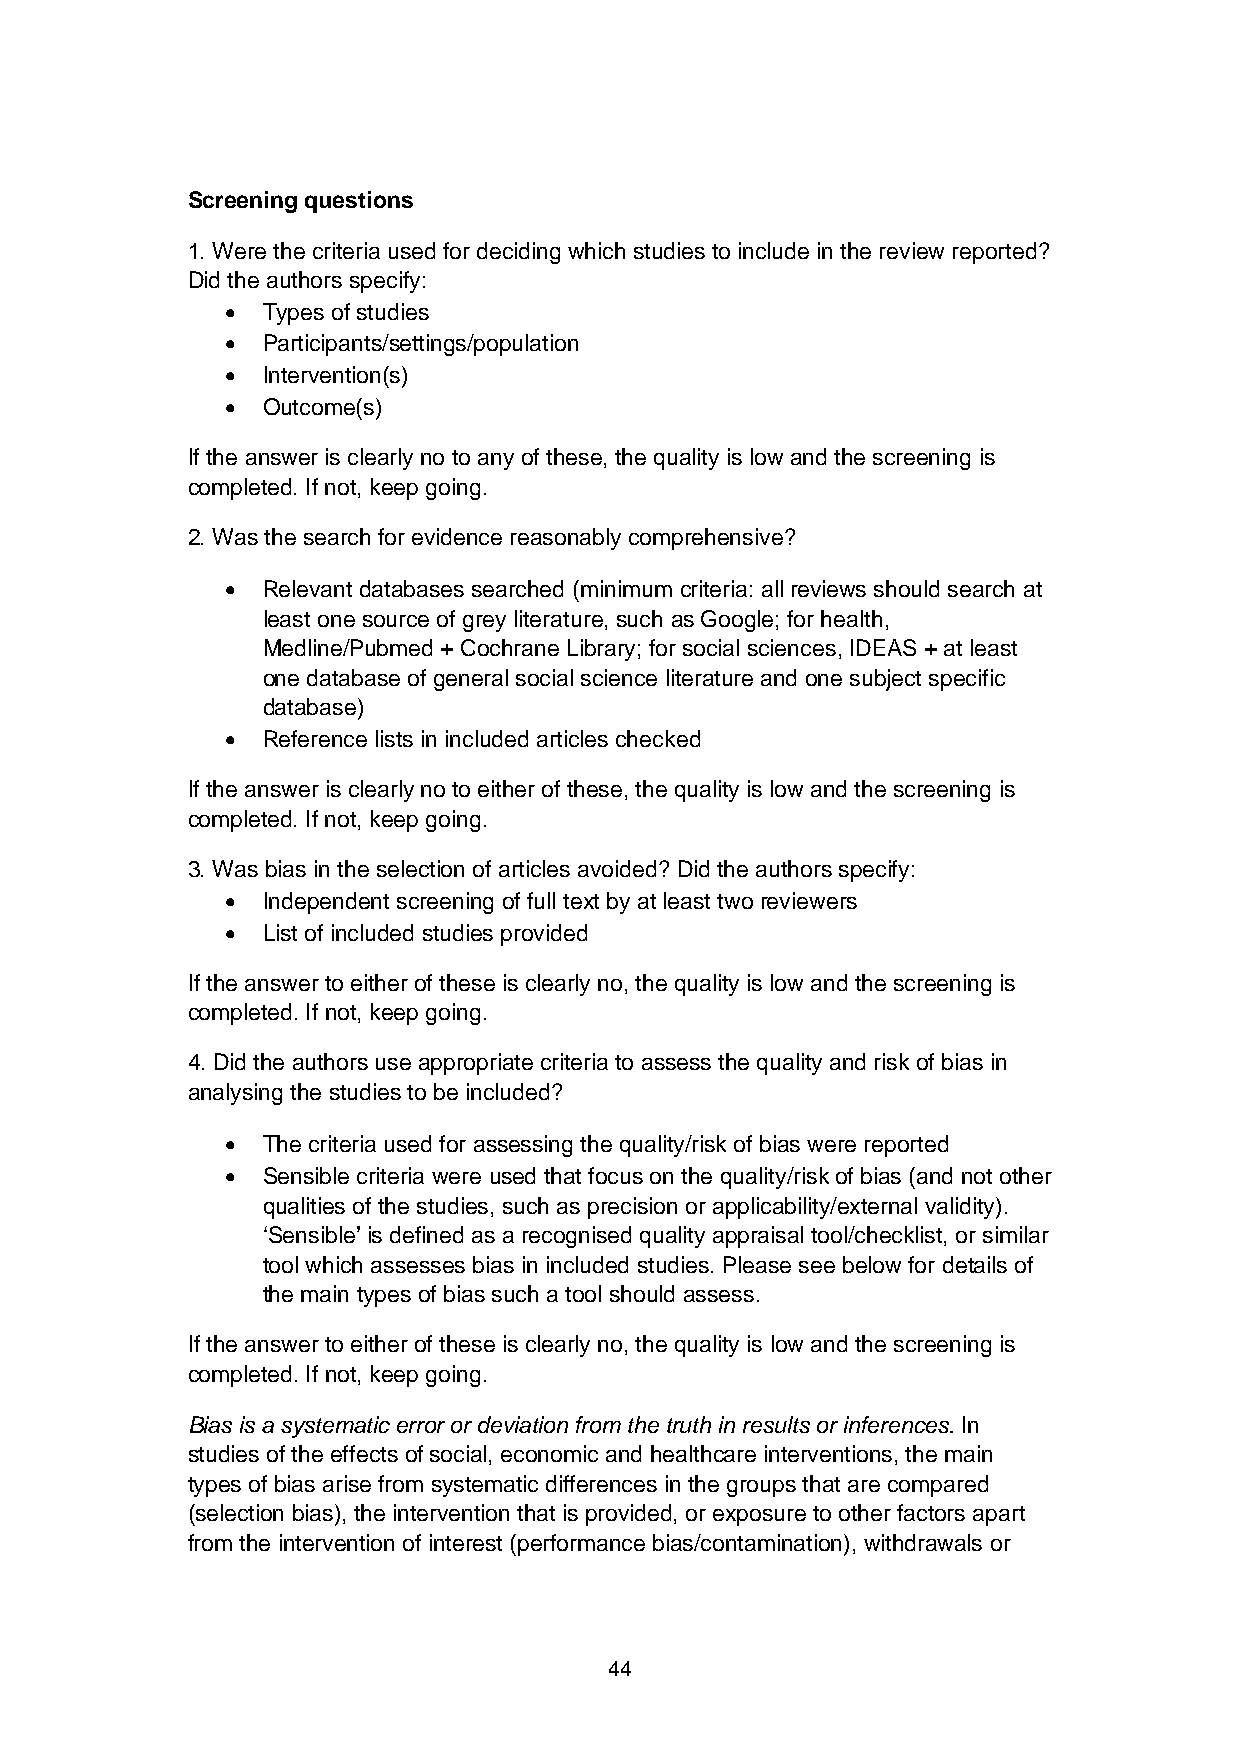
Screening questions
 1. Were the criteria used for deciding which studies to include in the review reported?
 Did the authors specify:
 • Types of studies
 • Participants/settings/population
 • Intervention(s)
 • Outcome(s)
 If the answer is clearly no to any of these, the quality is low and the screening is
 completed. If not, keep going.
 2. Was the search for evidence reasonably comprehensive?
 • Relevant databases searched (minimum criteria: all reviews should search at
 least one source of grey literature, such as Google; for health,
 Medline/Pubmed + Cochrane Library; for social sciences, IDEAS + at least
 one database of general social science literature and one subject specific
 database)
 • Reference lists in included articles checked
 If the answer is clearly no to either of these, the quality is low and the screening is
 completed. If not, keep going.
 3. Was bias in the selection of articles avoided? Did the authors specify:
 • Independent screening of full text by at least two reviewers
 • List of included studies provided
 If the answer to either of these is clearly no, the quality is low and the screening is
 completed. If not, keep going.
 4. Did the authors use appropriate criteria to assess the quality and risk of bias in
 analysing the studies to be included?
 • The criteria used for assessing the quality/risk of bias were reported
 • Sensible criteria were used that focus on the quality/risk of bias (and not other
 qualities of the studies, such as precision or applicability/external validity).
 ‘Sensible’ is defined as a recognised quality appraisal tool/checklist, or similar
 tool which assesses bias in included studies. Please see below for details of
 the main types of bias such a tool should assess.
 If the answer to either of these is clearly no, the quality is low and the screening is
 completed. If not, keep going.
 Bias is a systematic error or deviation from the truth in results or inferences. In
 studies of the effects of social, economic and healthcare interventions, the main
 types of bias arise from systematic differences in the groups that are compared
 (selection bias), the intervention that is provided, or exposure to other factors apart
 from the intervention of interest (performance bias/contamination), withdrawals or
 44